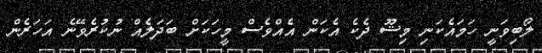
ލޯބިވަނީ ހަމައެކަނި މިޝޫ ދެކެ އެކަން އެއްވެސް މީހަކަށް ބަދަލެއް ނުކުރެވޭނެ އަހަރެން